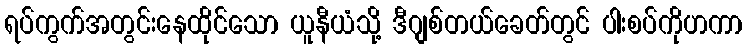
ရပ်ကွက်အတွင်းနေထိုင်သော ယူနီယံသို့ ဒီဂျစ်တယ်ခေတ်တွင် ပါးစပ်ကိုဟကာ